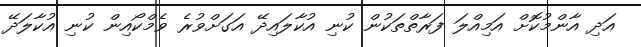
އަދި އާންމުކޮށް އަމިއްލަ ފަރާތްތަކުން ކުނި އުކާލައިދޭ އަގަށްވުރެ ވެމްކޯއިން ކުނި އުކާލަދޭ